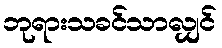
ဘုရားသခင်သာလျှင်